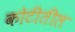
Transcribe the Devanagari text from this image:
कोटीतील